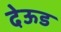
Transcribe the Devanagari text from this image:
देऊड